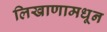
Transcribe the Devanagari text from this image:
लिखाणामधून